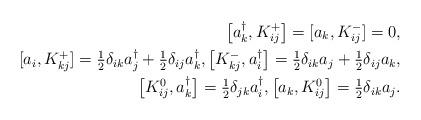
LaTeX: \begin{align*}\big[a^{\dagger}_k,K^+_{ij}\big] = [a_k,K^-_{ij}]=0, \\ [a_i,K^+_{kj}] = \tfrac{1}{2}\delta_{ik}a^{\dagger}_j+\tfrac{1}{2}\delta_{ij}a^{\dagger}_k , \big[K^-_{kj},a^{\dagger}_i\big] = \tfrac{1}{2}\delta_{ik}a_j+\tfrac{1}{2}\delta_{ij}a_k , \\ \big[K^0_{ij},a^{\dagger}_k\big] = \tfrac{1}{2}\delta_{jk}a^{\dagger}_i,\big[a_k,K^0_{ij}\big]= \tfrac{1}{2}\delta_{ik}a_{j} .\end{align*}